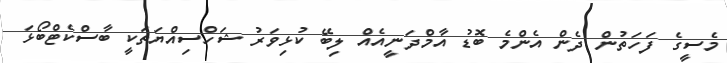
މެސީގެ ފަހަތުން ދެން އެންމެ ބޮޑު އާމްދަނީއެއް ލިބޭ ކުޅިވަރު ޝަހްސިއްޔަތަކީ ބާސްކެޓްބޯޅަ